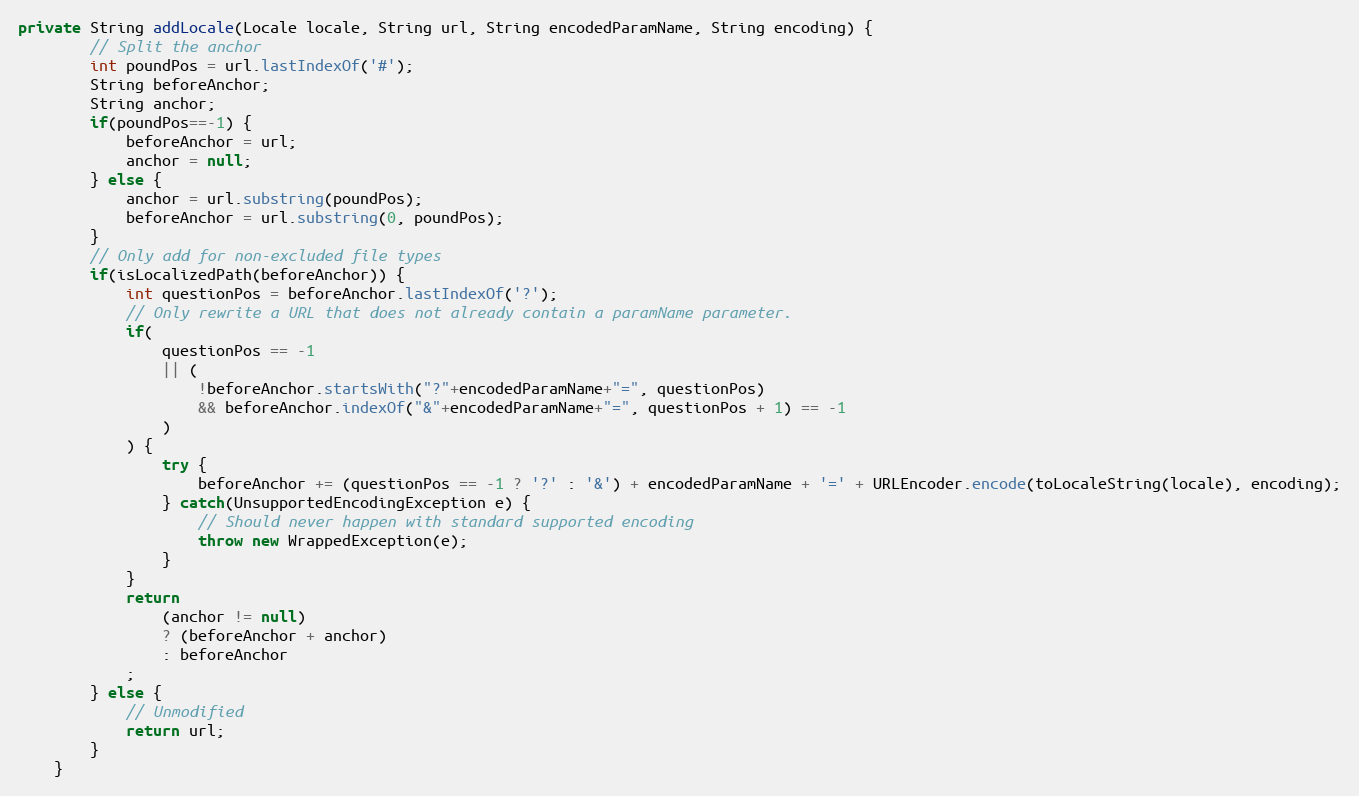
Language: Java
private String addLocale(Locale locale, String url, String encodedParamName, String encoding) {
		// Split the anchor
		int poundPos = url.lastIndexOf('#');
		String beforeAnchor;
		String anchor;
		if(poundPos==-1) {
			beforeAnchor = url;
			anchor = null;
		} else {
			anchor = url.substring(poundPos);
			beforeAnchor = url.substring(0, poundPos);
		}
		// Only add for non-excluded file types
		if(isLocalizedPath(beforeAnchor)) {
			int questionPos = beforeAnchor.lastIndexOf('?');
			// Only rewrite a URL that does not already contain a paramName parameter.
			if(
				questionPos == -1
				|| (
					!beforeAnchor.startsWith("?"+encodedParamName+"=", questionPos)
					&& beforeAnchor.indexOf("&"+encodedParamName+"=", questionPos + 1) == -1
				)
			) {
				try {
					beforeAnchor += (questionPos == -1 ? '?' : '&') + encodedParamName + '=' + URLEncoder.encode(toLocaleString(locale), encoding);
				} catch(UnsupportedEncodingException e) {
					// Should never happen with standard supported encoding
					throw new WrappedException(e);
				}
			}
			return
				(anchor != null)
				? (beforeAnchor + anchor)
				: beforeAnchor
			;
		} else {
			// Unmodified
			return url;
		}
	}